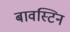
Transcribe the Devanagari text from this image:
बावस्टिन